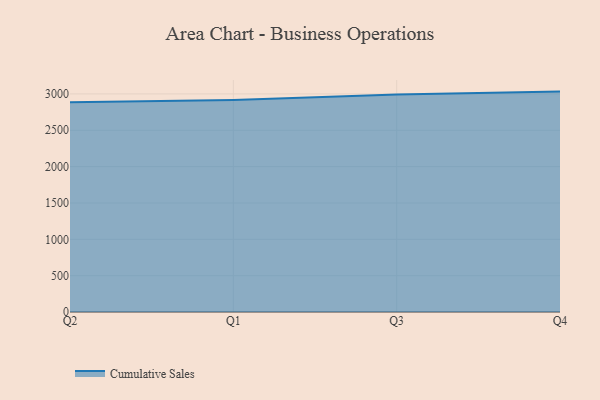
{"axis": {"x": "Quarter", "y": "Inventory Turnover"}, "legend": ["Cumulative Sales"], "data": [{"x": "Q2", "y": 2885.8, "type": "Cumulative Sales"}, {"x": "Q1", "y": 2918.1, "type": "Cumulative Sales"}, {"x": "Q3", "y": 2990.6, "type": "Cumulative Sales"}, {"x": "Q4", "y": 3032.1, "type": "Cumulative Sales"}]}